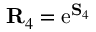
\mathbf { R } _ { 4 } = \mathrm { e } ^ { \mathbf { S } _ { 4 } }